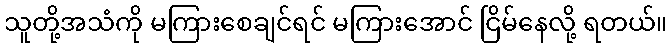
သူတို့အသံကို မကြားစေချင်ရင် မကြားအောင် ငြိမ်နေလို့ ရတယ်။